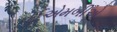
ઈએમબીએ